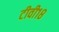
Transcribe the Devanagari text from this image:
टीवी१८